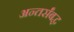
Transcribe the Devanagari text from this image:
अन्तर्संबद्ध